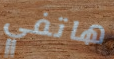
هاتفي